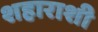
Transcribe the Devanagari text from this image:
शहाराशी